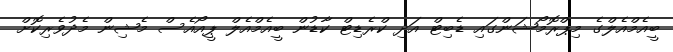
ބީއެމްއެލްގެ މިޕްރޮމޯޝަންގައި ޑެބިޓް އަދި ކްރެޑިޓް ކާޑުން ބީއެމްއެލް ޕީއޯއެސް މެޝިން މެދުވެރިކޮށް